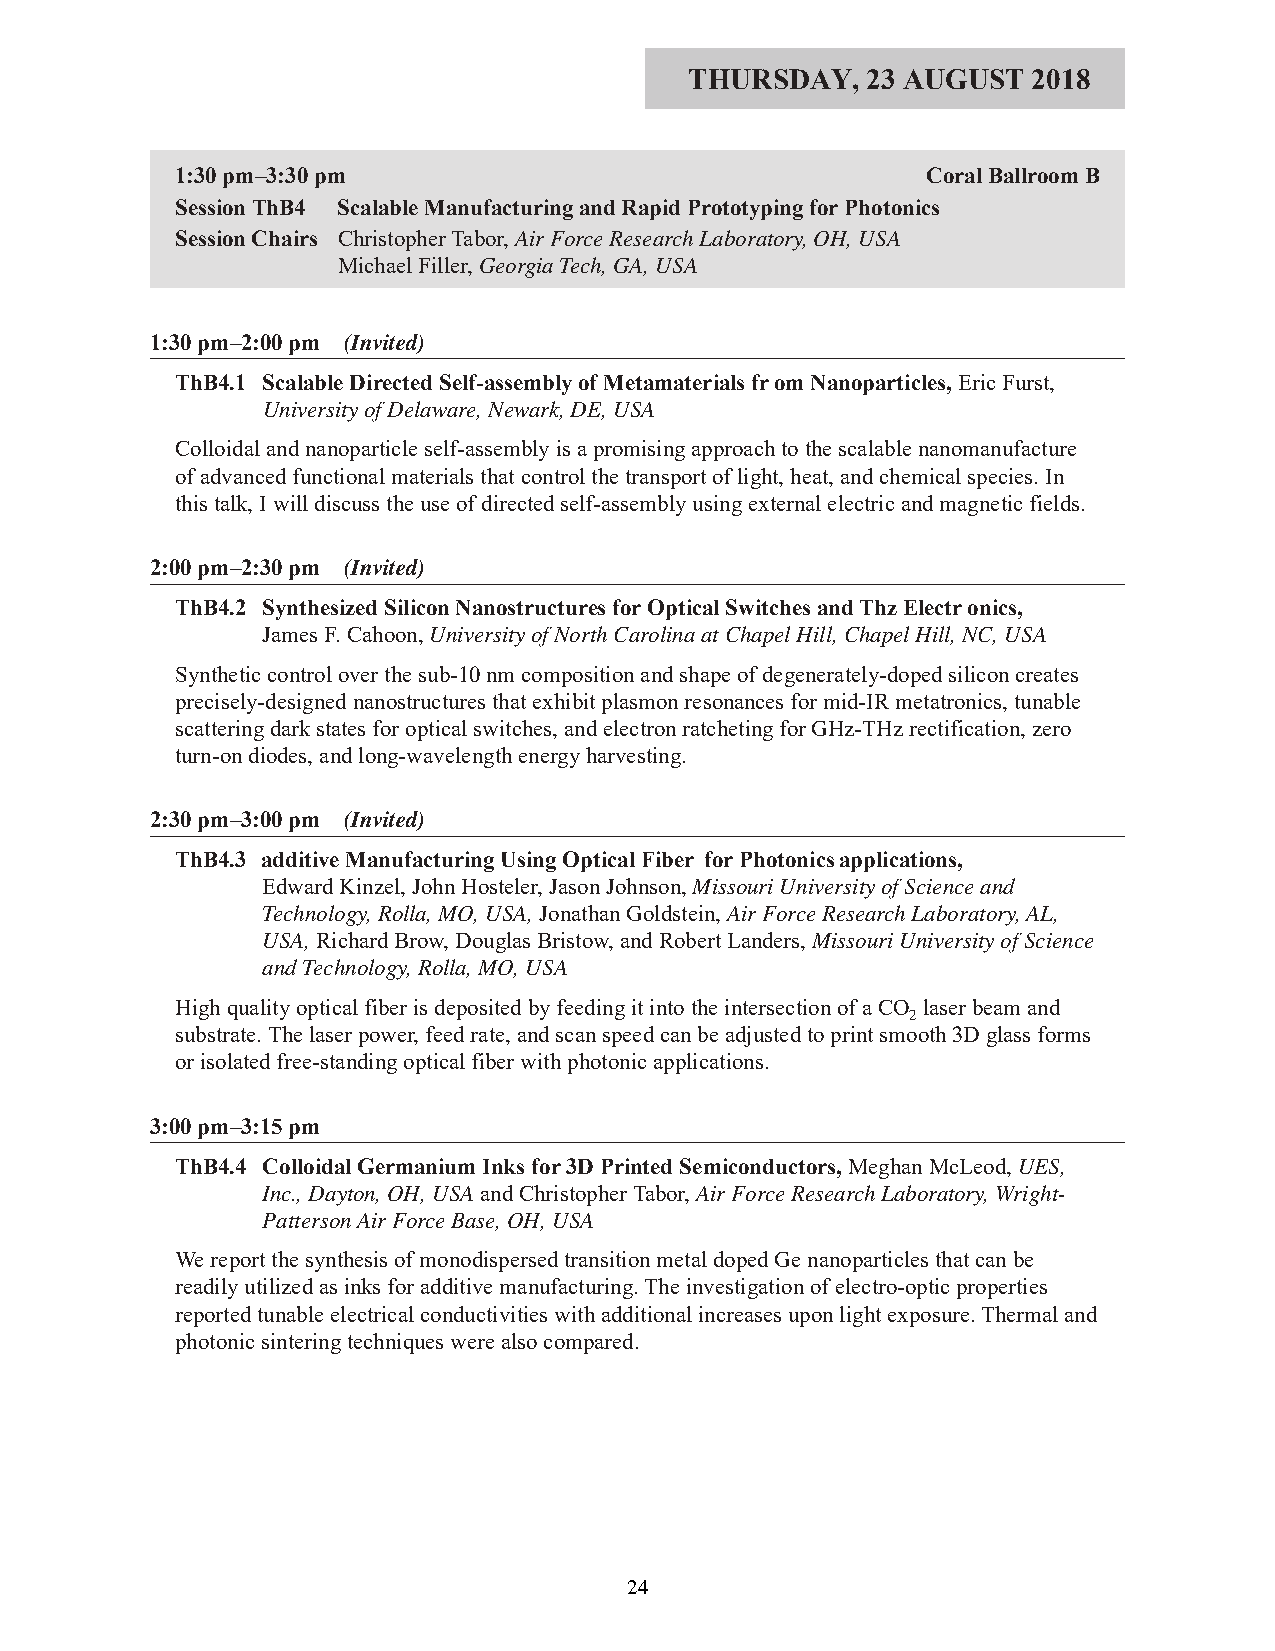
THURSDAY,  23 AUGUST  2018
 1:30 pm–3:30 pm                                  Coral Ballroom B
 Session ThB4 Scalable Manufacturing and Rapid Prototyping for Photonics
 Session Chairs Christopher Tabor, Air Force Research Laboratory, OH, USA
 Michael Filler, Georgia Tech, GA, USA
 1:30 pm–2:00 pm (Invited)
 ThB4.1 Scalable Directed Self-assembly of Metamaterials from Nanoparticles, Eric Furst,
 University of Delaware, Newark, DE, USA
 Colloidal and nanoparticle self-assembly is a promising approach to the scalable nanomanufacture
 of advanced functional materials that control the transport of light, heat, and chemical species. In
 this talk, I will discuss the use of directed self-assembly using external electric and magnetic fields.
 2:00 pm–2:30 pm (Invited)
 ThB4.2 Synthesized Silicon Nanostructures for Optical Switches and Thz Electronics,
 James F. Cahoon, University of North Carolina at Chapel Hill, Chapel Hill, NC, USA
 Synthetic control over the sub-10 nm composition and shape of degenerately-doped silicon creates
 precisely-designed nanostructures that exhibit plasmon resonances for mid-IR metatronics, tunable
 scattering dark states for optical switches, and electron ratcheting for GHz-THz rectification, zero
 turn-on diodes, and long-wavelength energy harvesting.
 2:30 pm–3:00 pm (Invited)
 ThB4.3 additive Manufacturing Using Optical Fiber for Photonics applications,
 Edward Kinzel, John Hosteler, Jason Johnson, Missouri University of Science and
 Technology, Rolla, MO, USA, Jonathan Goldstein, Air Force Research Laboratory, AL,
 USA, Richard Brow, Douglas Bristow, and Robert Landers, Missouri University of Science
 and Technology, Rolla, MO, USA
 High quality optical fiber is deposited by feeding it into the intersection of a CO laser beam and
 2
 substrate. The laser power, feed rate, and scan speed can be adjusted to print smooth 3D glass forms
 or isolated free-standing optical fiber with photonic applications.
 3:00 pm–3:15 pm
 ThB4.4 Colloidal Germanium Inks for 3D Printed Semiconductors, Meghan McLeod, UES,
 Inc., Dayton, OH, USAand Christopher Tabor, Air Force Research Laboratory, Wright-
 Patterson Air Force Base, OH, USA
 We report the synthesis of monodispersed transition metal doped Ge nanoparticles that can be
 readily utilized as inks for additive manufacturing. The investigation of electro-optic properties
 reported tunable electrical conductivities with additional increases upon light exposure. Thermal and
 photonic sintering techniques were also compared.
 24